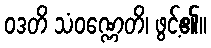
ဝဒတိ သံဝဏ္ဏေတိ၊ ဖွင့်၏။